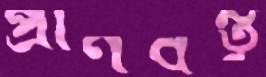
প্রাণবন্তু